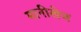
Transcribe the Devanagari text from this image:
मानीखेज